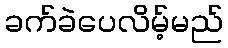
ခက်ခဲပေလိမ့်မည်